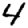
Digit: 4